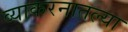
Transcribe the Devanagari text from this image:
व्याकरनातल्या